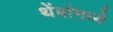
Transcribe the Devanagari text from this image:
थेंबांमध्ये